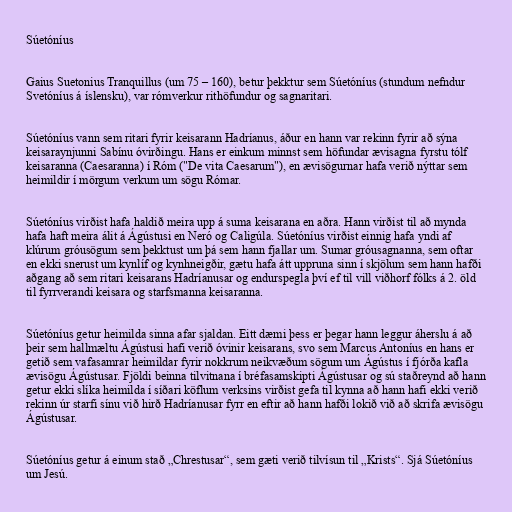
Súetóníus

Gaius Suetonius Tranquillus (um 75 – 160), betur þekktur sem Súetóníus (stundum nefndur
Svetóníus á íslensku), var rómverkur rithöfundur og sagnaritari.

Súetóníus vann sem ritari fyrir keisarann Hadríanus, áður en hann var rekinn fyrir að sýna
keisaraynjunni Sabínu óvirðingu. Hans er einkum minnst sem höfundar ævisagna fyrstu tólf
keisaranna (Caesaranna) í Róm ("De vita Caesarum"), en ævisögurnar hafa verið nýttar sem
heimildir í mörgum verkum um sögu Rómar.

Súetóníus virðist hafa haldið meira upp á suma keisarana en aðra. Hann virðist til að mynda
hafa haft meira álit á Ágústusi en Neró og Caligúla. Súetóníus virðist einnig hafa yndi af
klúrum gróusögum sem þekktust um þá sem hann fjallar um. Sumar gróusagnanna, sem oftar
en ekki snerust um kynlíf og kynhneigðir, gætu hafa átt uppruna sinn í skjölum sem hann hafði
aðgang að sem ritari keisarans Hadríanusar og endurspegla því ef til vill viðhorf fólks á 2. öld
til fyrrverandi keisara og starfsmanna keisaranna.

Súetóníus getur heimilda sinna afar sjaldan. Eitt dæmi þess er þegar hann leggur áherslu á að
þeir sem hallmæltu Ágústusi hafi verið óvinir keisarans, svo sem Marcus Antoníus en hans er
getið sem vafasamrar heimildar fyrir nokkrum neikvæðum sögum um Ágústus í fjórða kafla
ævisögu Ágústusar. Fjöldi beinna tilvitnana í bréfasamskipti Ágústusar og sú staðreynd að hann
getur ekki slíka heimilda í síðari köflum verksins virðist gefa til kynna að hann hafi ekki verið
rekinn úr starfi sínu við hirð Hadríanusar fyrr en eftir að hann hafði lokið við að skrifa ævisögu
Ágústusar.

Súetóníus getur á einum stað „Chrestusar“, sem gæti verið tilvísun til „Krists“. Sjá Súetóníus
um Jesú.